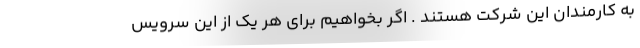
به کارمندان این شرکت هستند . اگر بخواهیم برای هر یک از این سرویس